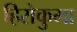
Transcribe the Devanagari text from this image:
हिरोकुमा